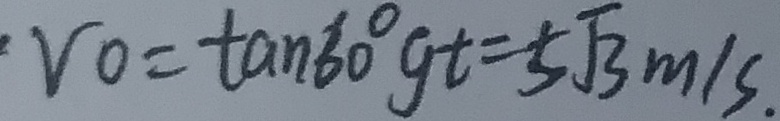
V _ { 0 } = \tan 6 0 ^ { \circ } g t = 5 \sqrt { 3 } m / s .